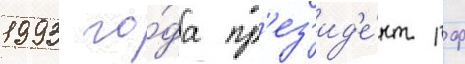
1993 го́да пр'ез'ид'е́нт рф